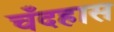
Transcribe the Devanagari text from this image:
चँदहास